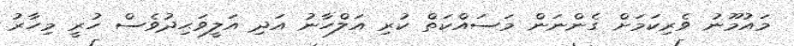
މައުމޫނު ވެރިކަމަށް ގެންނަން މަސައްކަތް ކުރި އަލްހާނު އަދި އަލީވަޙިދުވެސް ހުރީ މިހާރު